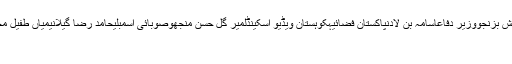
بیڈ منٹنصومالیہبم دھماکہپی ٹی اےبرماسٹیل ملغوث بخش بزنجووزیر دفاعاسامہ بن لادنپاکستان فضائیہکوہستان ویڈیو اسکینڈلمیر گل حسن منجھوصوبائی اسمبلیحامد رضا گیلانیمیاں طفیل محمدجمیل الدین عالیایرانراؤ سکندر اقبالناروےاے این پی
اسلام آباد(اُردو پوائنٹ اخبارآن لائن۔